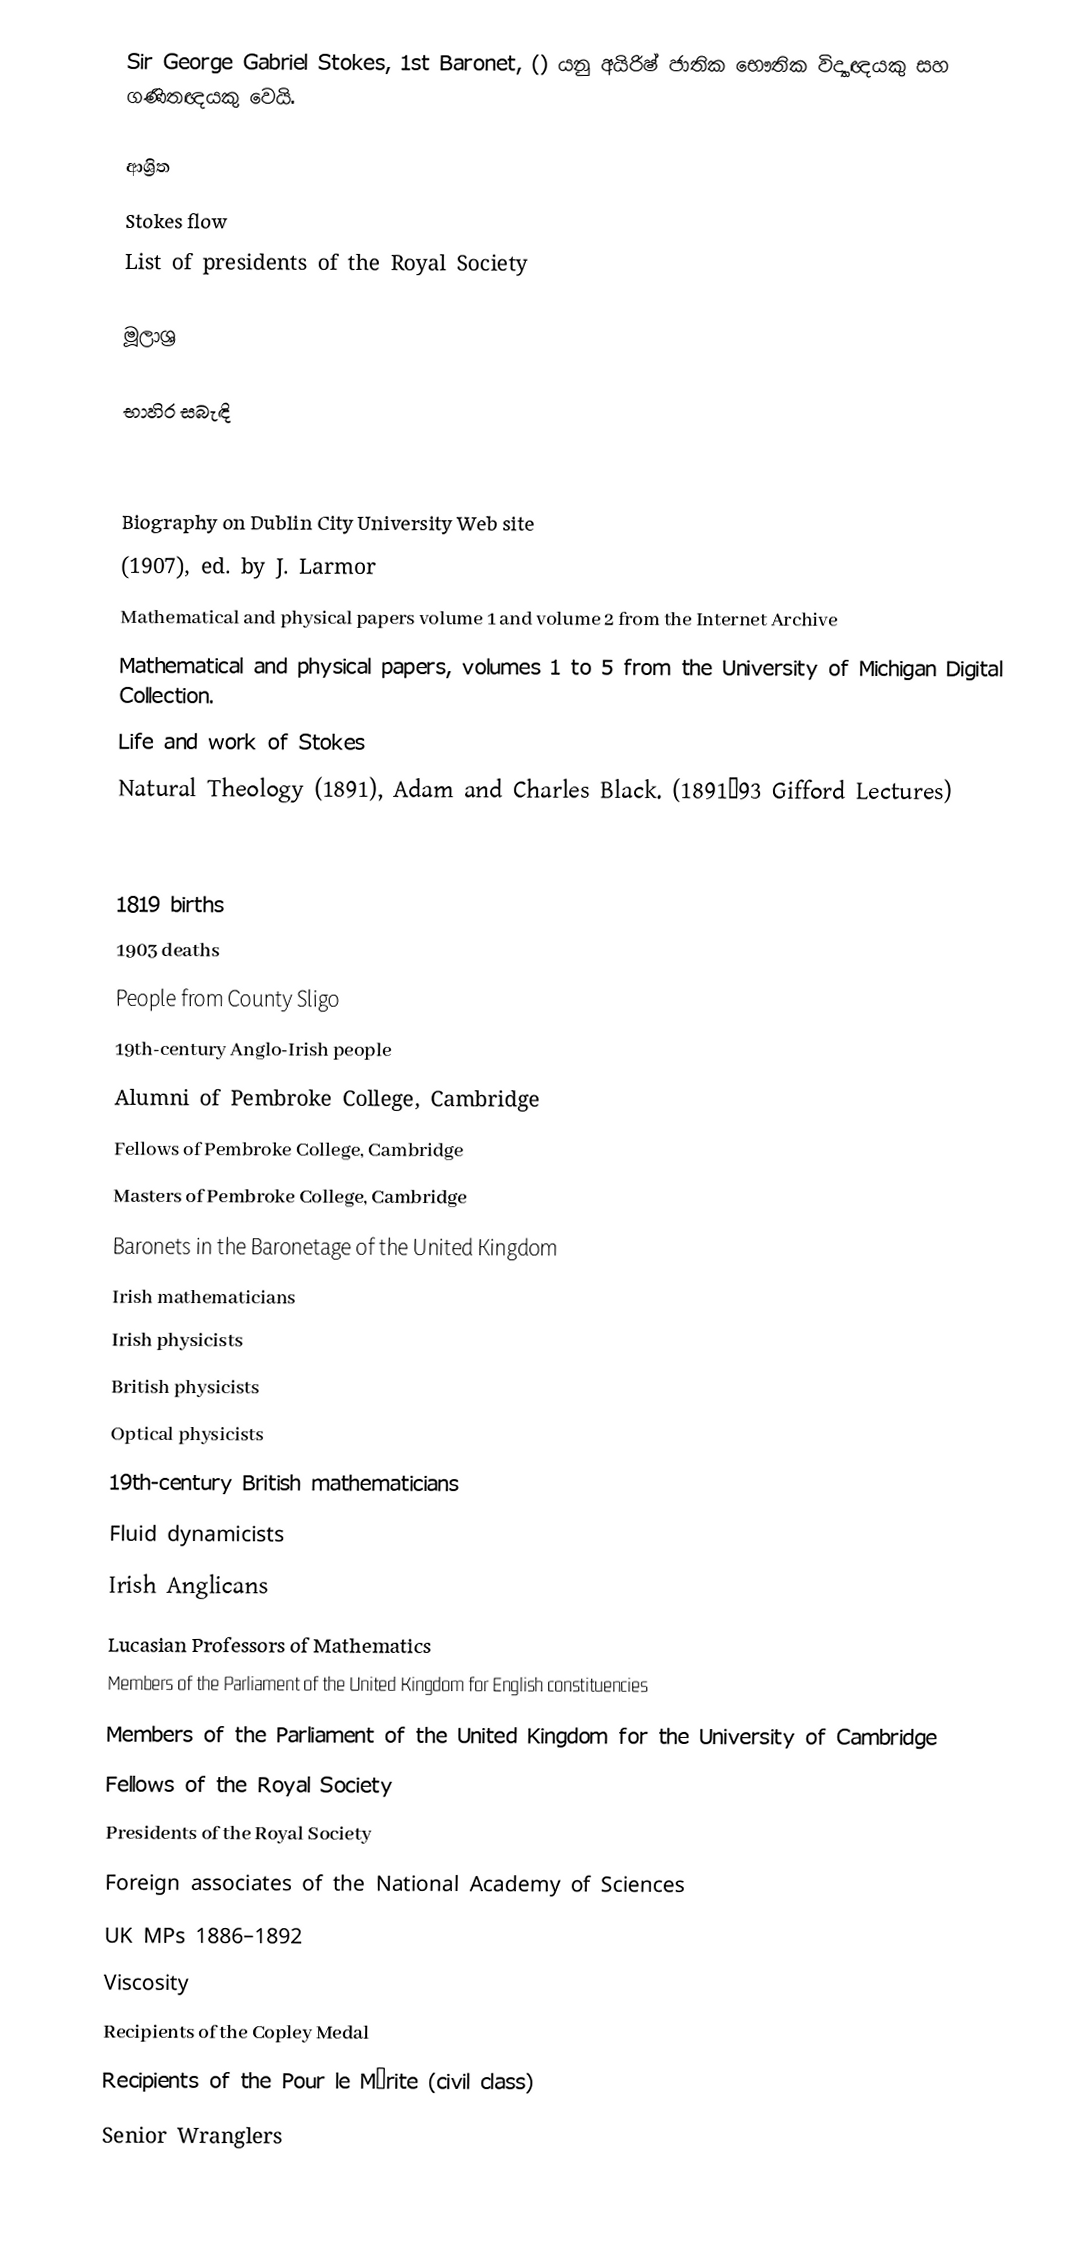
Sir George Gabriel Stokes, 1st Baronet,  () යනු අයිරිෂ් ජාතික භෞතික විද්‍යාඥයකු සහ ගණිතඥයකු වෙයි.

ආශ්‍රිත
Stokes flow
 List of presidents of the Royal Society

මූලාශ්‍ර

භාහිර සබැඳි

 Biography on Dublin City University Web site
  (1907), ed. by J. Larmor
 Mathematical and physical papers volume 1 and volume 2 from the Internet Archive
 Mathematical and physical papers, volumes 1 to 5 from the University of Michigan Digital Collection.
 Life and work of Stokes
 Natural Theology (1891), Adam and Charles Black. (1891–93 Gifford Lectures)

1819 births
1903 deaths
People from County Sligo
19th-century Anglo-Irish people
Alumni of Pembroke College, Cambridge
Fellows of Pembroke College, Cambridge
Masters of Pembroke College, Cambridge
Baronets in the Baronetage of the United Kingdom
Irish mathematicians
Irish physicists
British physicists
Optical physicists
19th-century British mathematicians
Fluid dynamicists
Irish Anglicans
Lucasian Professors of Mathematics
Members of the Parliament of the United Kingdom for English constituencies
Members of the Parliament of the United Kingdom for the University of Cambridge
Fellows of the Royal Society
Presidents of the Royal Society
Foreign associates of the National Academy of Sciences
UK MPs 1886–1892
Viscosity
Recipients of the Copley Medal
Recipients of the Pour le Mérite (civil class)
Senior Wranglers